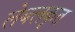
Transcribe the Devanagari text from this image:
लेबलकृत